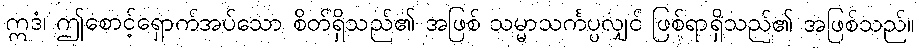
ဣဒံ၊ ဤစောင့်ရှောက်အပ်သော စိတ်ရှိသည်၏ အဖြစ် သမ္မာသင်္ကပ္ပလျှင် ဖြစ်ရာရှိသည်၏ အဖြစ်သည်။